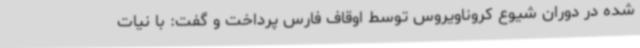
شده در دوران شیوع کروناویروس توسط اوقاف فارس پرداخت و گفت: با نیات